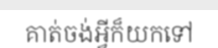
គាត់ចង់អ្វីក៏យកទៅ